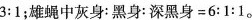
$$3:1$$；雄蝇中灰身：黑身：$$深黑身=6:1:1$$。